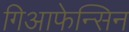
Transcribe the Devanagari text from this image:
गिआफेन्सिन